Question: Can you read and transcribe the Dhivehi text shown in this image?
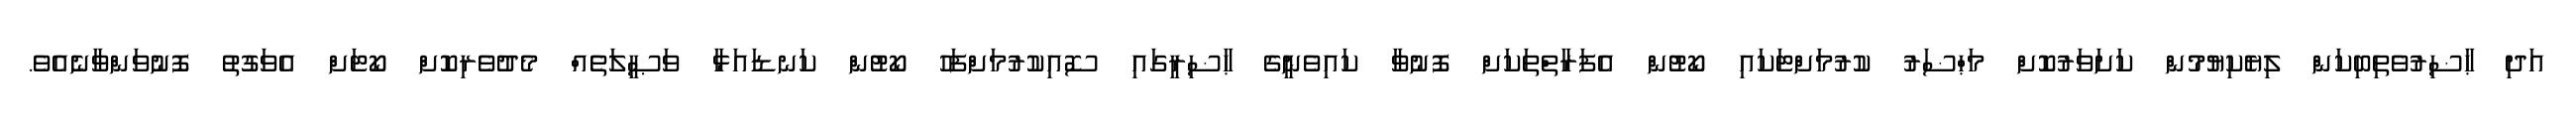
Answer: އަދި ޙާޟިރުވެތިބިކަން ލިޔެކިޔުމުން ކަށަވަރުކޮށް މަޙްޟަރު ކުރުމަށްޓަކައި ކޯޓުން އެފަރާތްތަކަށް ފޮނުވާ ކައިވެނީގެ ޙާޟިރީގައި ސޮއިކުރުމަށްފަހު ކޯޓުން ކަނޑައަޅާ ވަޞީލަތެއް މެދުވެރިކޮށް ކޯޓަށް އެވަގުތު ފޮނުވަންވާނެއެވެ.